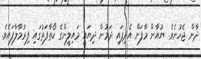
ދާން ޖެހުނެވެ. ޔުއާން މާފަށް އެދިފައި ދަމުން ދިޔައީ މައިލީންގެ ކޯތާފަތުގައި ފިރުމާލާފައެވެ.